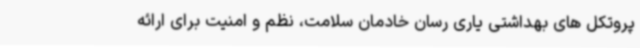
پروتکل های بهداشتی یاری رسان خادمان سلامت، نظم و امنیت برای ارائه